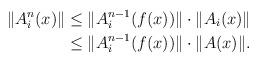
LaTeX: \begin{align*}\lVert A_i^n(x)\rVert &\le \lVert A_i^{n-1}(f(x))\rVert \cdot \lVert A_i(x)\rVert \\&\le \lVert A_i^{n-1}(f(x))\rVert \cdot \lVert A(x)\rVert.\end{align*}